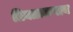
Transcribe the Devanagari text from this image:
तिक्ताकषाय